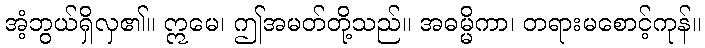
အံ့ဘွယ်ရှိလှ၏။ ဣမေ၊ ဤအမတ်တို့သည်။ အဓမ္မိကာ၊ တရားမစောင့်ကုန်။